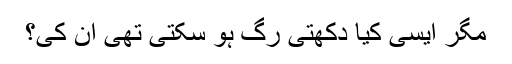
مگر ایسی کیا دکھتی رگ ہو سکتی تھی ان کی؟